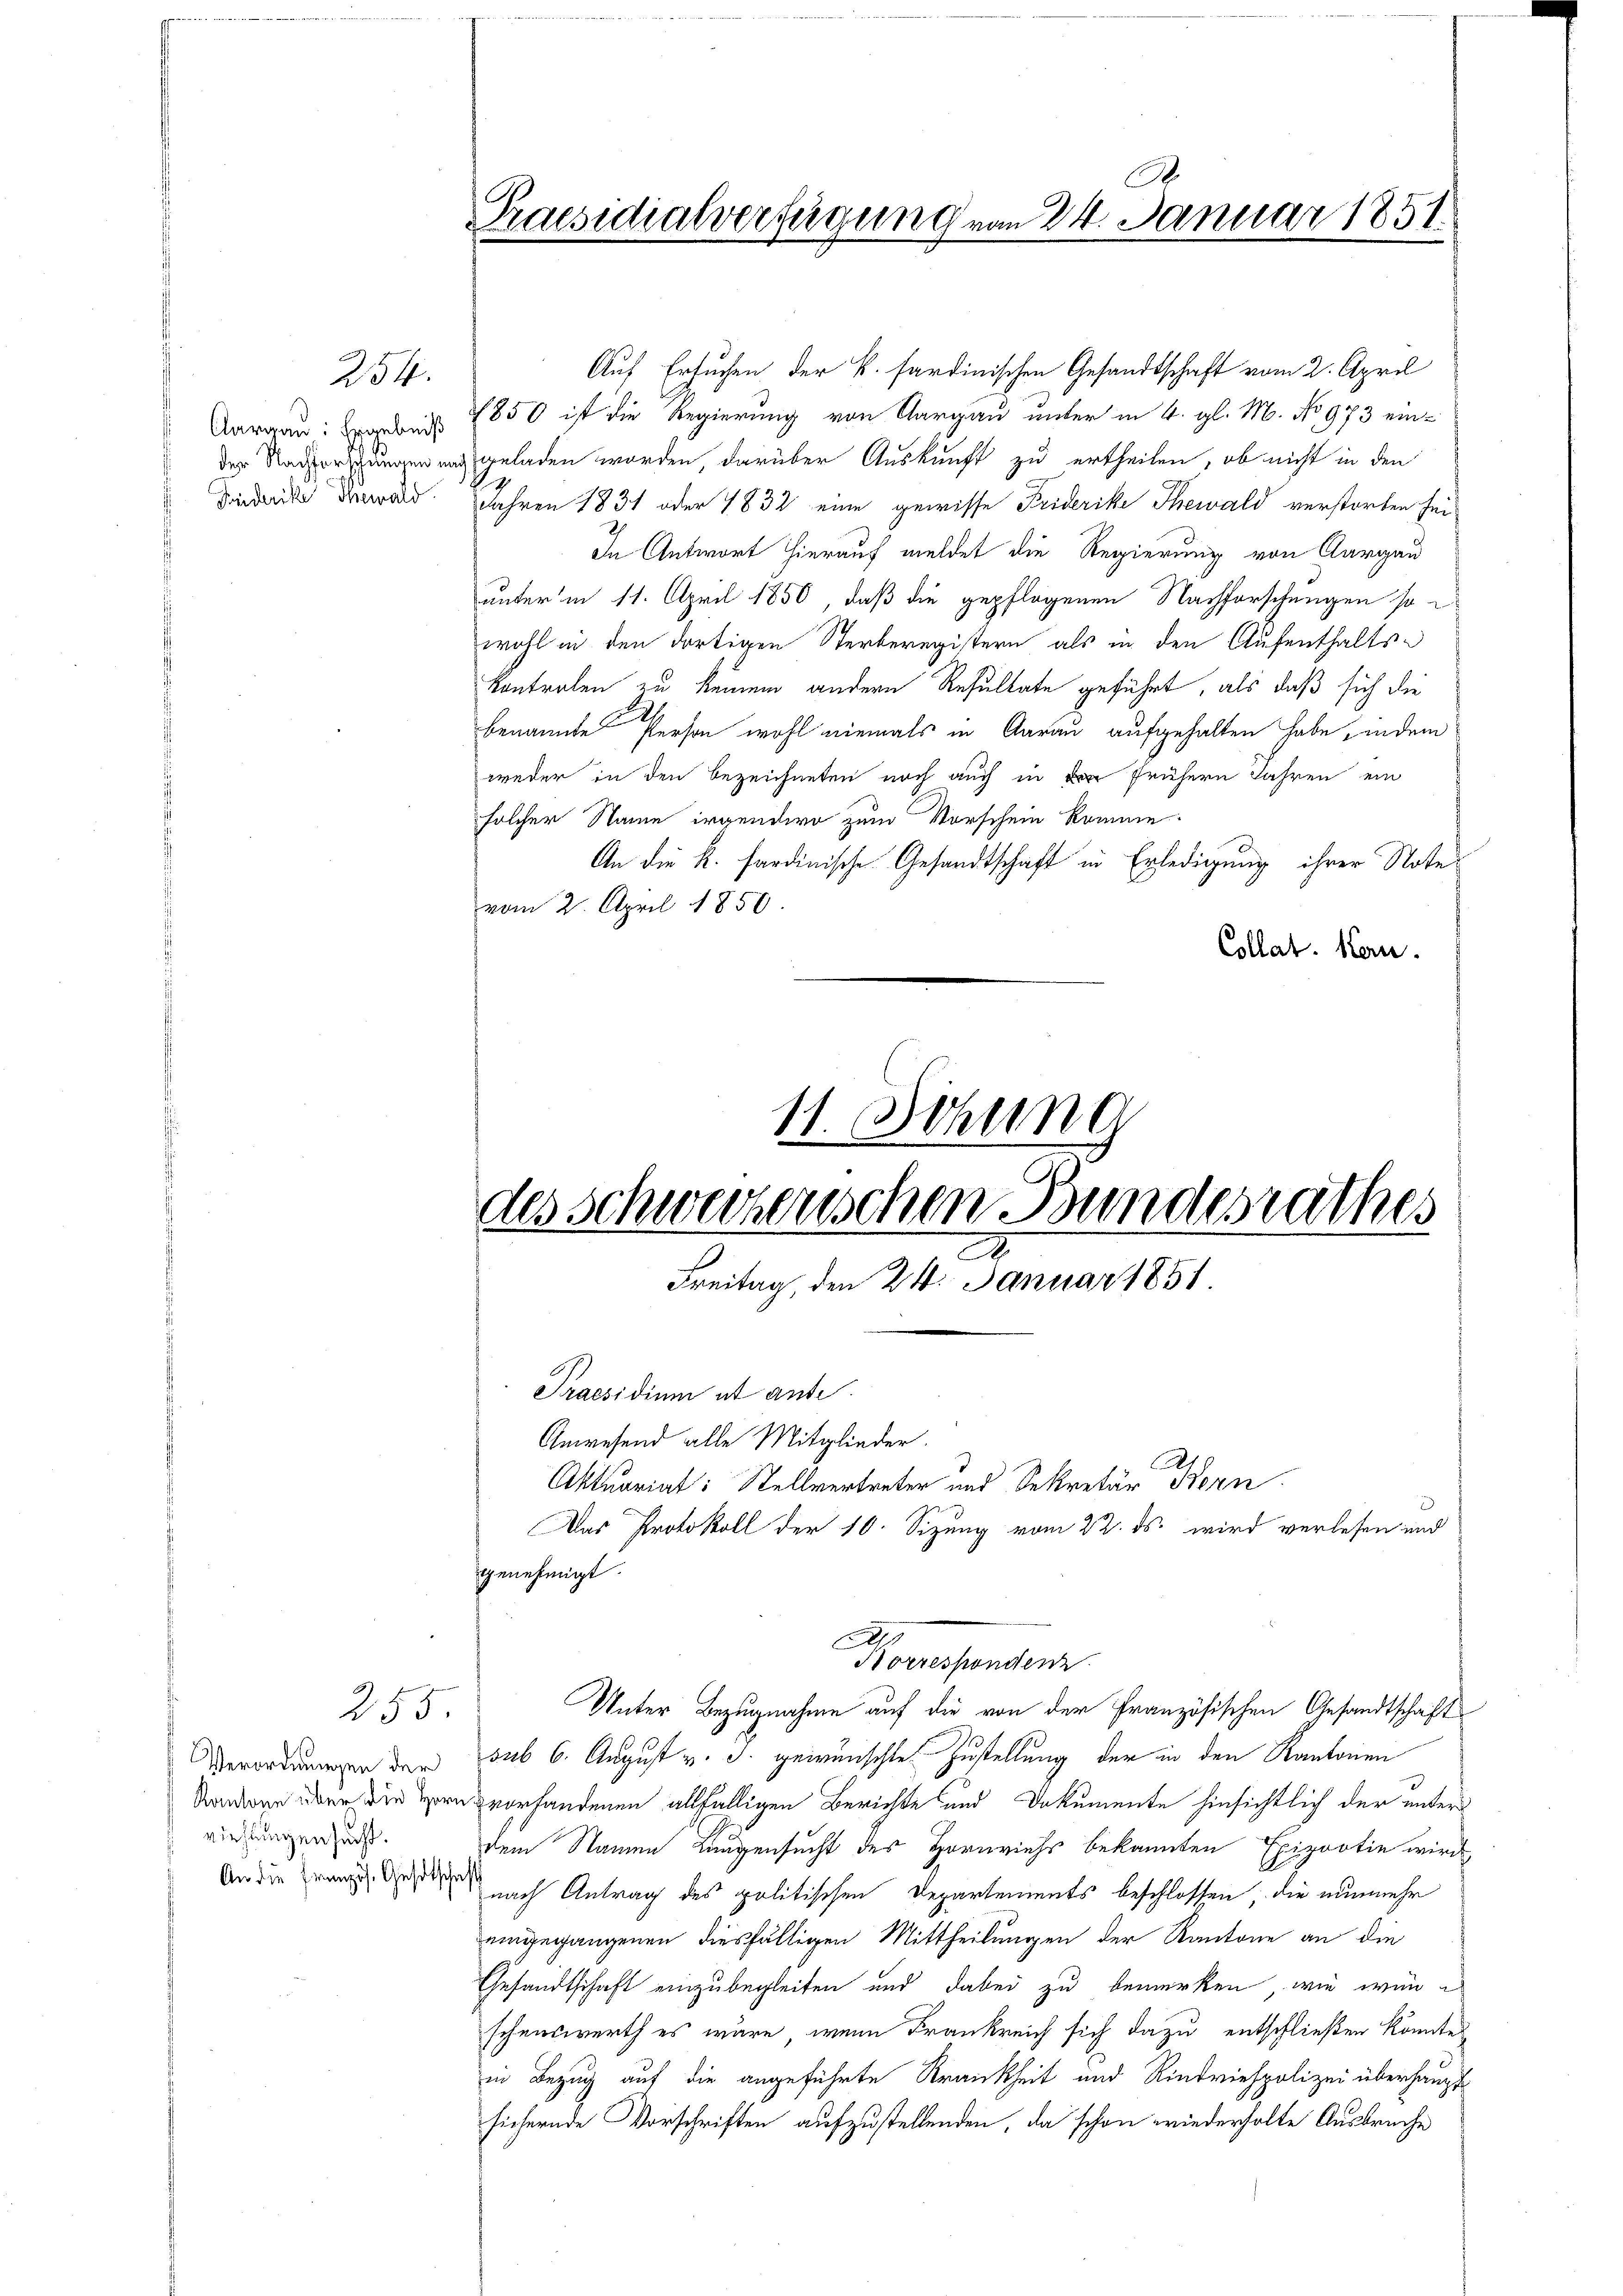
Aargau: Ergebniß

254.

Auf Ersuchen der k. sardinischen Gesandtschaft vom 2. April
1850 ist die Regierung von Aargau unter in 4. gl. M. No 973 einder Nachforschungen und geladen worden, darüber Auskunft zu ertheilen, ob nicht in den
dieda daran. Jahren 1831 oder 1832 eine gewisse Friderike Thewald verstorben sei¬
In Antwort hierauf meldet die Regierung von Aargau
unter in 11. April 1850, daß die gepflogenen Nachforschungen so
wohl in den dortigen Sterberegistern als in den Aufenthaltskontrolen zu keinem andern Resultate geführt, als daß sich die
benannte Person wohl niemals in Aarau aufgehalten habe, indem
weder in den bezeichneten noch auch in frühern Jahren ein
solcher Name irgendern zum Vorschein komme.
An die K. sardinische Gesandtschaft in Erledigung ihrer Note
vom 2. April 1850.
Collat. Kern.
11. Sitzung

Verordnungen der
Kantone über die Herr
riehlungen sucht.
An die Französ. Gesetsche

255

A.
Praesidialverfügung vom 24. Januar 1851.

Praesidium et anse
Anwesend alle Mitglieder.
Aktuariat: Stellvertreter und Sekretär Bern.
genehmigt.
Unter Bezugnahme auf die von der Französischen Gesandtschaft
sub 6. August v. J. gewünschte Zustellung der in den Kantonen
vorhandenen allfälligen Berichte und Dokumente hinsichtlich der unters
dem Namen Langensucht des Hornviehs bekannten Epizootin wird
nach Antrag des politischen Departements beschlossen, die nunmehr
eingegangenen diesfälligen Mittheilungen der Kantone an die
Gesandtschaft einzubegleiten und dabei zu bemerken, wie wäre
schenswerth es wäre, wenn Frankreich sich dazu entschließen könnte,
in Bezug auf die angeführte Krankheit und Rindviehpolizei überhaupt
sichernde Vorschriften aufzustellenden, da schon wiederholte Ausbruche

des Schweizerischen Bundesrathes
A
Freitag, den 24. Januar 1851

Korrespondenz

210
Das Protokoll der 10. Sizung vom 22. ds. wird verlesen und